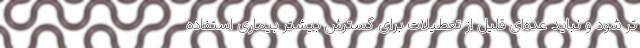
تر شود و نباید عده‌ای قلیل از تعطیلات برای گسترش بیشتر بیماری استفاده